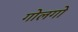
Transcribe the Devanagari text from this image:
गोलगो